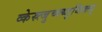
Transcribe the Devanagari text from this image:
व्केस्र्त्जुच्फ्य्जुय्तिक्र्त्यु